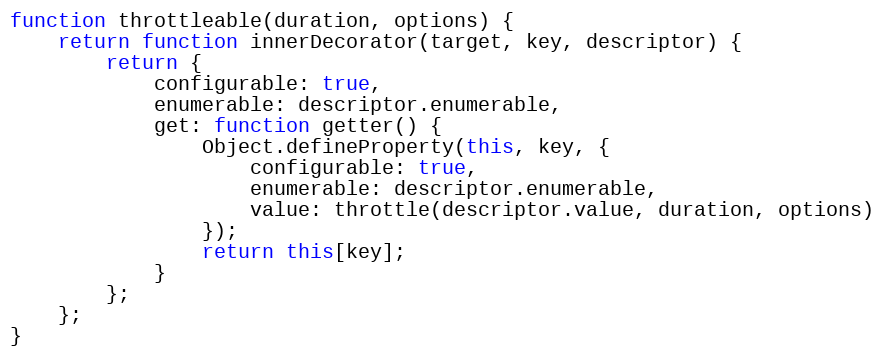
Language: JavaScript
function throttleable(duration, options) {
    return function innerDecorator(target, key, descriptor) {
        return {
            configurable: true,
            enumerable: descriptor.enumerable,
            get: function getter() {
                Object.defineProperty(this, key, {
                    configurable: true,
                    enumerable: descriptor.enumerable,
                    value: throttle(descriptor.value, duration, options)
                });
                return this[key];
            }
        };
    };
}